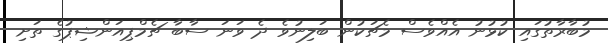
މުބާރާތުގައި ކުޅުނު އެއްވެސް މެޗަކުން ބަލިނުވެ ދެ ވަނަ ސާބާ ޗެމްޕިއަންޝިޕުގެ ތަށި